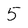
Character: 5